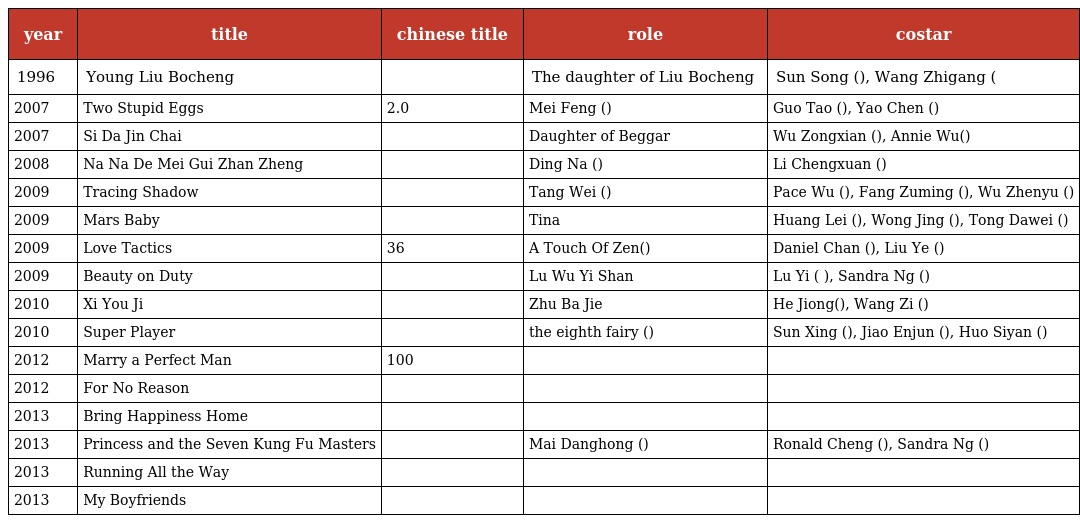
| year | title | chinese title | role | costar |
 | --- | --- | --- | --- | --- |
 | 1996 | Young Liu Bocheng | 青年刘伯承 | The daughter of Liu Bocheng （刘伯承之女） | Sun Song (孙松), Wang Zhigang (王志刚） |
 | 2007 | Two Stupid Eggs | 大电影2.0之两个傻瓜的荒唐事 | Mei Feng (美凤) | Guo Tao (郭涛), Yao Chen (姚晨) |
 | 2007 | Si Da Jin Chai | 四大金钗 | Daughter of Beggar （丐帮之女） | Wu Zongxian (吴宗宪), Annie Wu(吴辰君) |
 | 2008 | Na Na De Mei Gui Zhan Zheng | 娜娜的玫瑰战争 | Ding Na (丁娜) | Li Chengxuan (李承铉) |
 | 2009 | Tracing Shadow | 追影 | Tang Wei (唐薇) | Pace Wu (吴佩慈), Fang Zuming (房祖名), Wu Zhenyu (吴镇宇) |
 | 2009 | Mars Baby | 火星宝贝之火星没事 | Tina | Huang Lei (黄磊), Wong Jing (王晶), Tong Dawei (佟大为) |
 | 2009 | Love Tactics | 爱情36计 | A Touch Of Zen(侠女) | Daniel Chan (陈晓东), Liu Ye (刘烨) |
 | 2009 | Beauty on Duty | 美丽密令 | Lu Wu Yi Shan（陆伍易珊） | Lu Yi ( 陆毅), Sandra Ng (吴君如) |
 | 2010 | Xi You Ji | 嘻游记 | Zhu Ba Jie（朱八姐） | He Jiong(何炅), Wang Zi (王子) |
 | 2010 | Super Player | 大玩家 | the eighth fairy (八仙女) | Sun Xing (孙兴), Jiao Enjun (焦恩俊), Huo Siyan (霍思燕) |
 | 2012 | Marry a Perfect Man | 嫁个100分男人 |  |  |
 | 2012 | For No Reason |  |  |  |
 | 2013 | Bring Happiness Home | 快乐大本营之快乐到家 |  |  |
 | 2013 | Princess and the Seven Kung Fu Masters | 笑功震武林 | Mai Danghong (麦当红) | Ronald Cheng (郑中基), Sandra Ng (吴君如) |
 | 2013 | Running All the Way | 一路狂奔 |  |  |
 | 2013 | My Boyfriends | 我的男男男男朋友 |  |  |